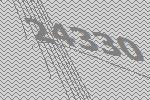
24330